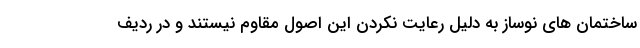
ساختمان های نوساز به دلیل رعایت نکردن این اصول مقاوم نیستند و در ردیف